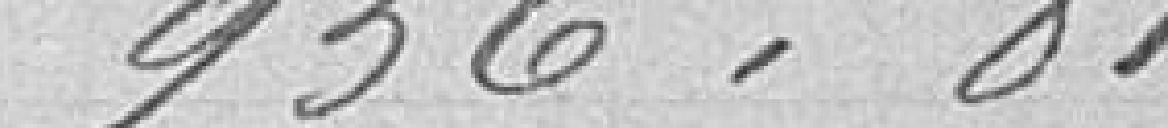
936,81